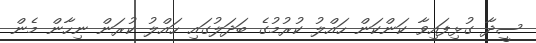
ސީދާ ގުޅިފައިވާ ކަންކަން ހައްލު ކުރުމުގެ ބަދަލުގައި ހައްލު ކުރަން ނިހާން މެން